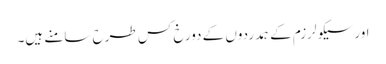
اورسیکولرزم کے ہمدردوں کے دورخ کس طرح سامنے ہیں۔